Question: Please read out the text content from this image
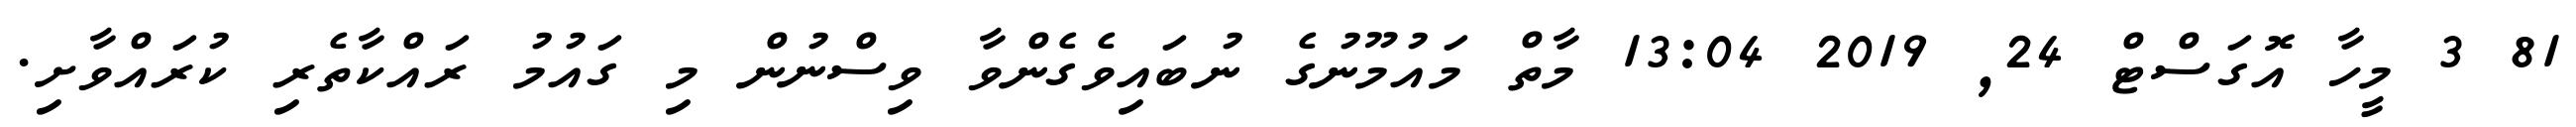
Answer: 81 3 މީހާ އޮގަސްޓް 24, 2019 13:04 މާތް މައުމޫނުގެ ނުބައިވެގެންވާ ވިސްނުން މި ގައުމު ރައްކާތެރި ކުރައްވާށި.